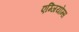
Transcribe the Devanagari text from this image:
एग्जियोम्स